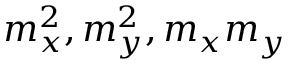
m _ { x } ^ { 2 } , m _ { y } ^ { 2 } , m _ { x } m _ { y }